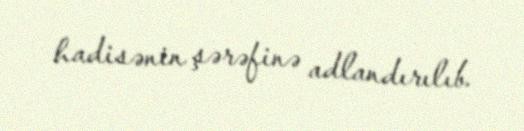
hadisənin şərəfinə adlandırılıb.